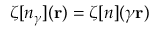
\zeta [ n _ { \gamma } ] ( { \bf r } ) = \zeta [ n ] ( \gamma { \bf r } )